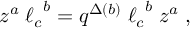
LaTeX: z ^ { a } \; { \ell _ { c } } ^ { b } = q ^ { \Delta ( b ) } \; { \ell _ { c } } ^ { b } \; z ^ { a } \; ,